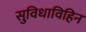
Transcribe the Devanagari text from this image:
सुविधाविहिन